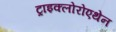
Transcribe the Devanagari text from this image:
ट्राइक्लोरोएथेन